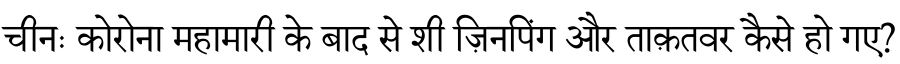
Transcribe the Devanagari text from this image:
चीनः कोरोना महामारी के बाद से शी ज़िनपिंग और ताक़तवर कैसे हो गए?